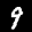
Label: 9